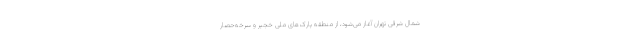
شمال شرقی تهران آغاز می‌شود، از منطقه پارک‌های ملی خجیر و سرخه‌حصار